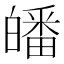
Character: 皤